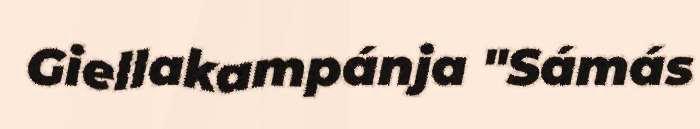
Giellakampánja "Sámás